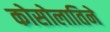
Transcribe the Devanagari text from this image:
कोसोलातिने